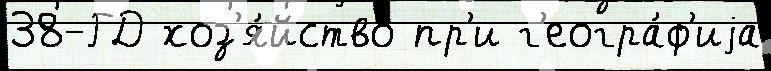
38-ГД хоз'я́йство пр'и г'еогра́ф'иjа